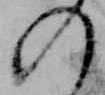
の